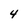
Character: 4